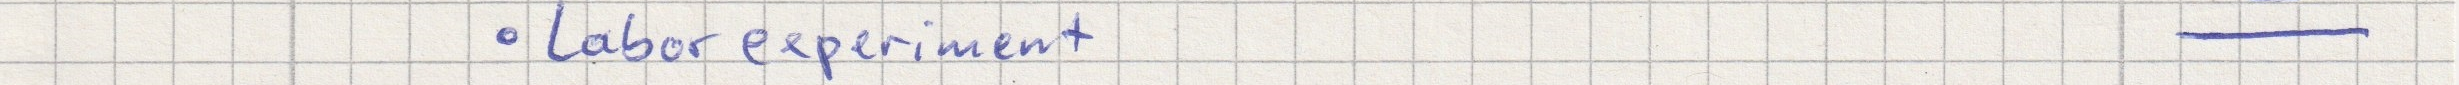
- Laborexperiment